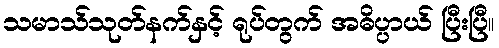
သမာသ်သုတ်နက်နှင့် ရုပ်တွက် အဓိပ္ပာယ် ပြီးပြီ။